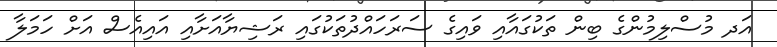
އަދ މުސްލިމުންގެ ބިން ތަކުގައާއި ވައިގެ ސަރަހައްދުތަކުގައި ރަޝިޔާއަށާއި އައިއެސް އަށް ހަމަލާ